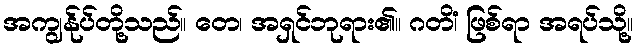
အကျွန်ုပ်တို့သည်။ တေ၊ အရှင်ဘုရား၏။ ဂတိံ၊ ဖြစ်ရာ အရပ်သို့။